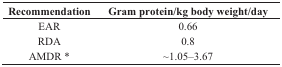
<table><thead><tr><td><b>Recommendation</b></td><td><b>Gram protein/kg body weight/day</b></td></tr></thead><tbody><tr><td>EAR</td><td>0.66</td></tr><tr><td>RDA</td><td>0.8</td></tr><tr><td>AMDR *</td><td>~1.05–3.67</td></tr></tbody></table>